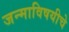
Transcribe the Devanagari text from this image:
जन्माविषयीचे